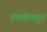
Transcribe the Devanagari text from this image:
डंकर्कमधून